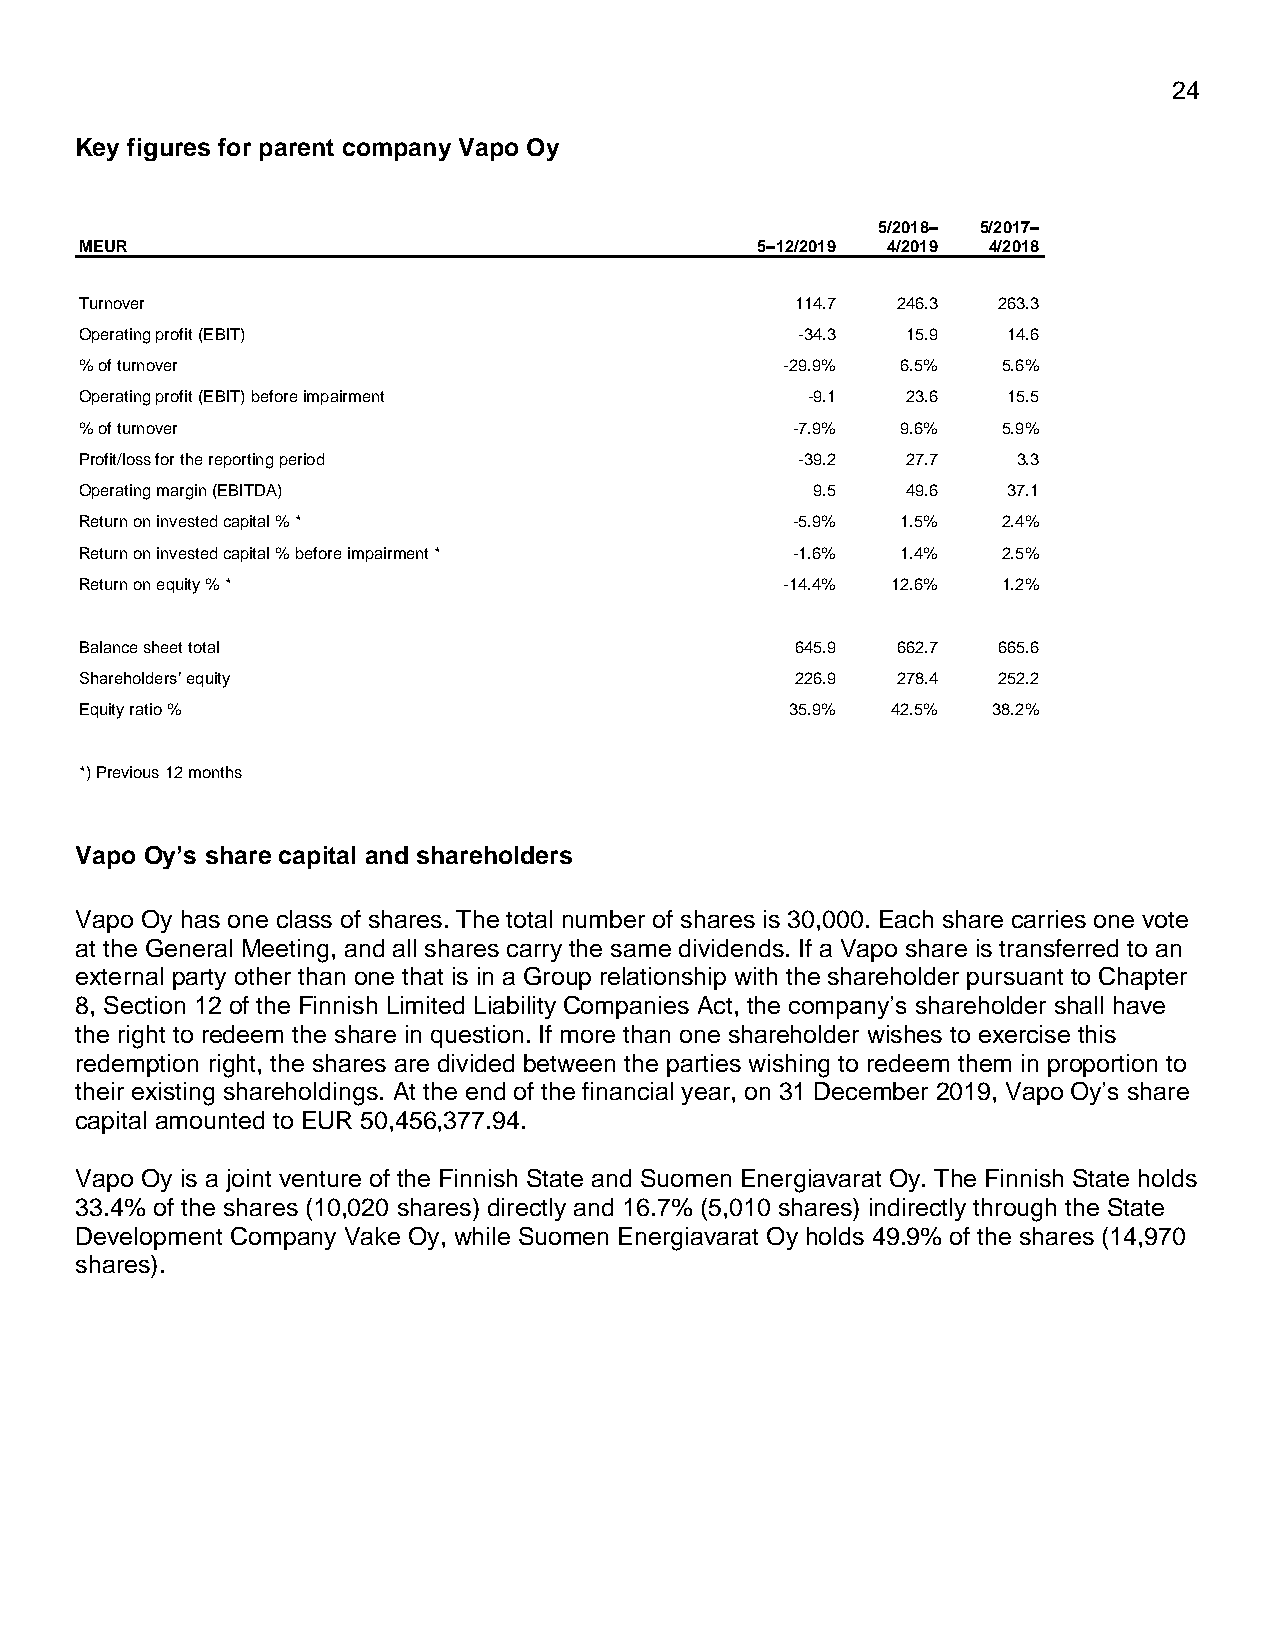
24
 Key figures for parent company Vapo Oy
 5/2018– 5/2017–
 MEUR                                         5–12/2019 4/2019 4/2018
 Turnover                                        114.7 246.3  263.3
 Operating profit (EBIT)                         -34.3  15.9   14.6
 % of turnover                                  -29.9%  6.5%  5.6%
 Operating profit (EBIT) before impairment       -9.1   23.6   15.5
 % of turnover                                  -7.9%   9.6%  5.9%
 Profit/loss for the reporting period            -39.2  27.7   3.3
 Operating margin (EBITDA)                        9.5   49.6   37.1
 Return on invested capital % *                 -5.9%   1.5%  2.4%
 Return on invested capital % before impairment * -1.6% 1.4%  2.5%
 Return on equity % *                           -14.4% 12.6%  1.2%
 Balance sheet total                             645.9 662.7  665.6
 Shareholders’ equity                            226.9 278.4  252.2
 Equity ratio %                                 35.9%  42.5%  38.2%
 *) Previous 12 months
 Vapo Oy’s share capital and shareholders
 Vapo Oy has one class of shares. The total number of shares is 30,000. Each share carries one vote
 at the General Meeting, and all shares carry the same dividends. If a Vapo share is transferred to an
 external party other than one that is in a Group relationship with the shareholder pursuant to Chapter
 8, Section 12 of the Finnish Limited Liability Companies Act, the company’s shareholder shall have
 the right to redeem the share in question. If more than one shareholder wishes to exercise this
 redemption right, the shares are divided between the parties wishing to redeem them in proportion to
 their existing shareholdings. At the end of the financial year, on 31 December 2019, Vapo Oy’s share
 capital amounted to EUR 50,456,377.94.
 Vapo Oy is a joint venture of the Finnish State and Suomen Energiavarat Oy. The Finnish State holds
 33.4% of the shares (10,020 shares) directly and 16.7% (5,010 shares) indirectly through the State
 Development Company Vake Oy, while Suomen Energiavarat Oy holds 49.9% of the shares (14,970
 shares).